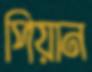
পিয়ান